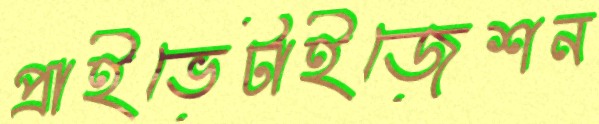
প্রাইভেটাইজেশন